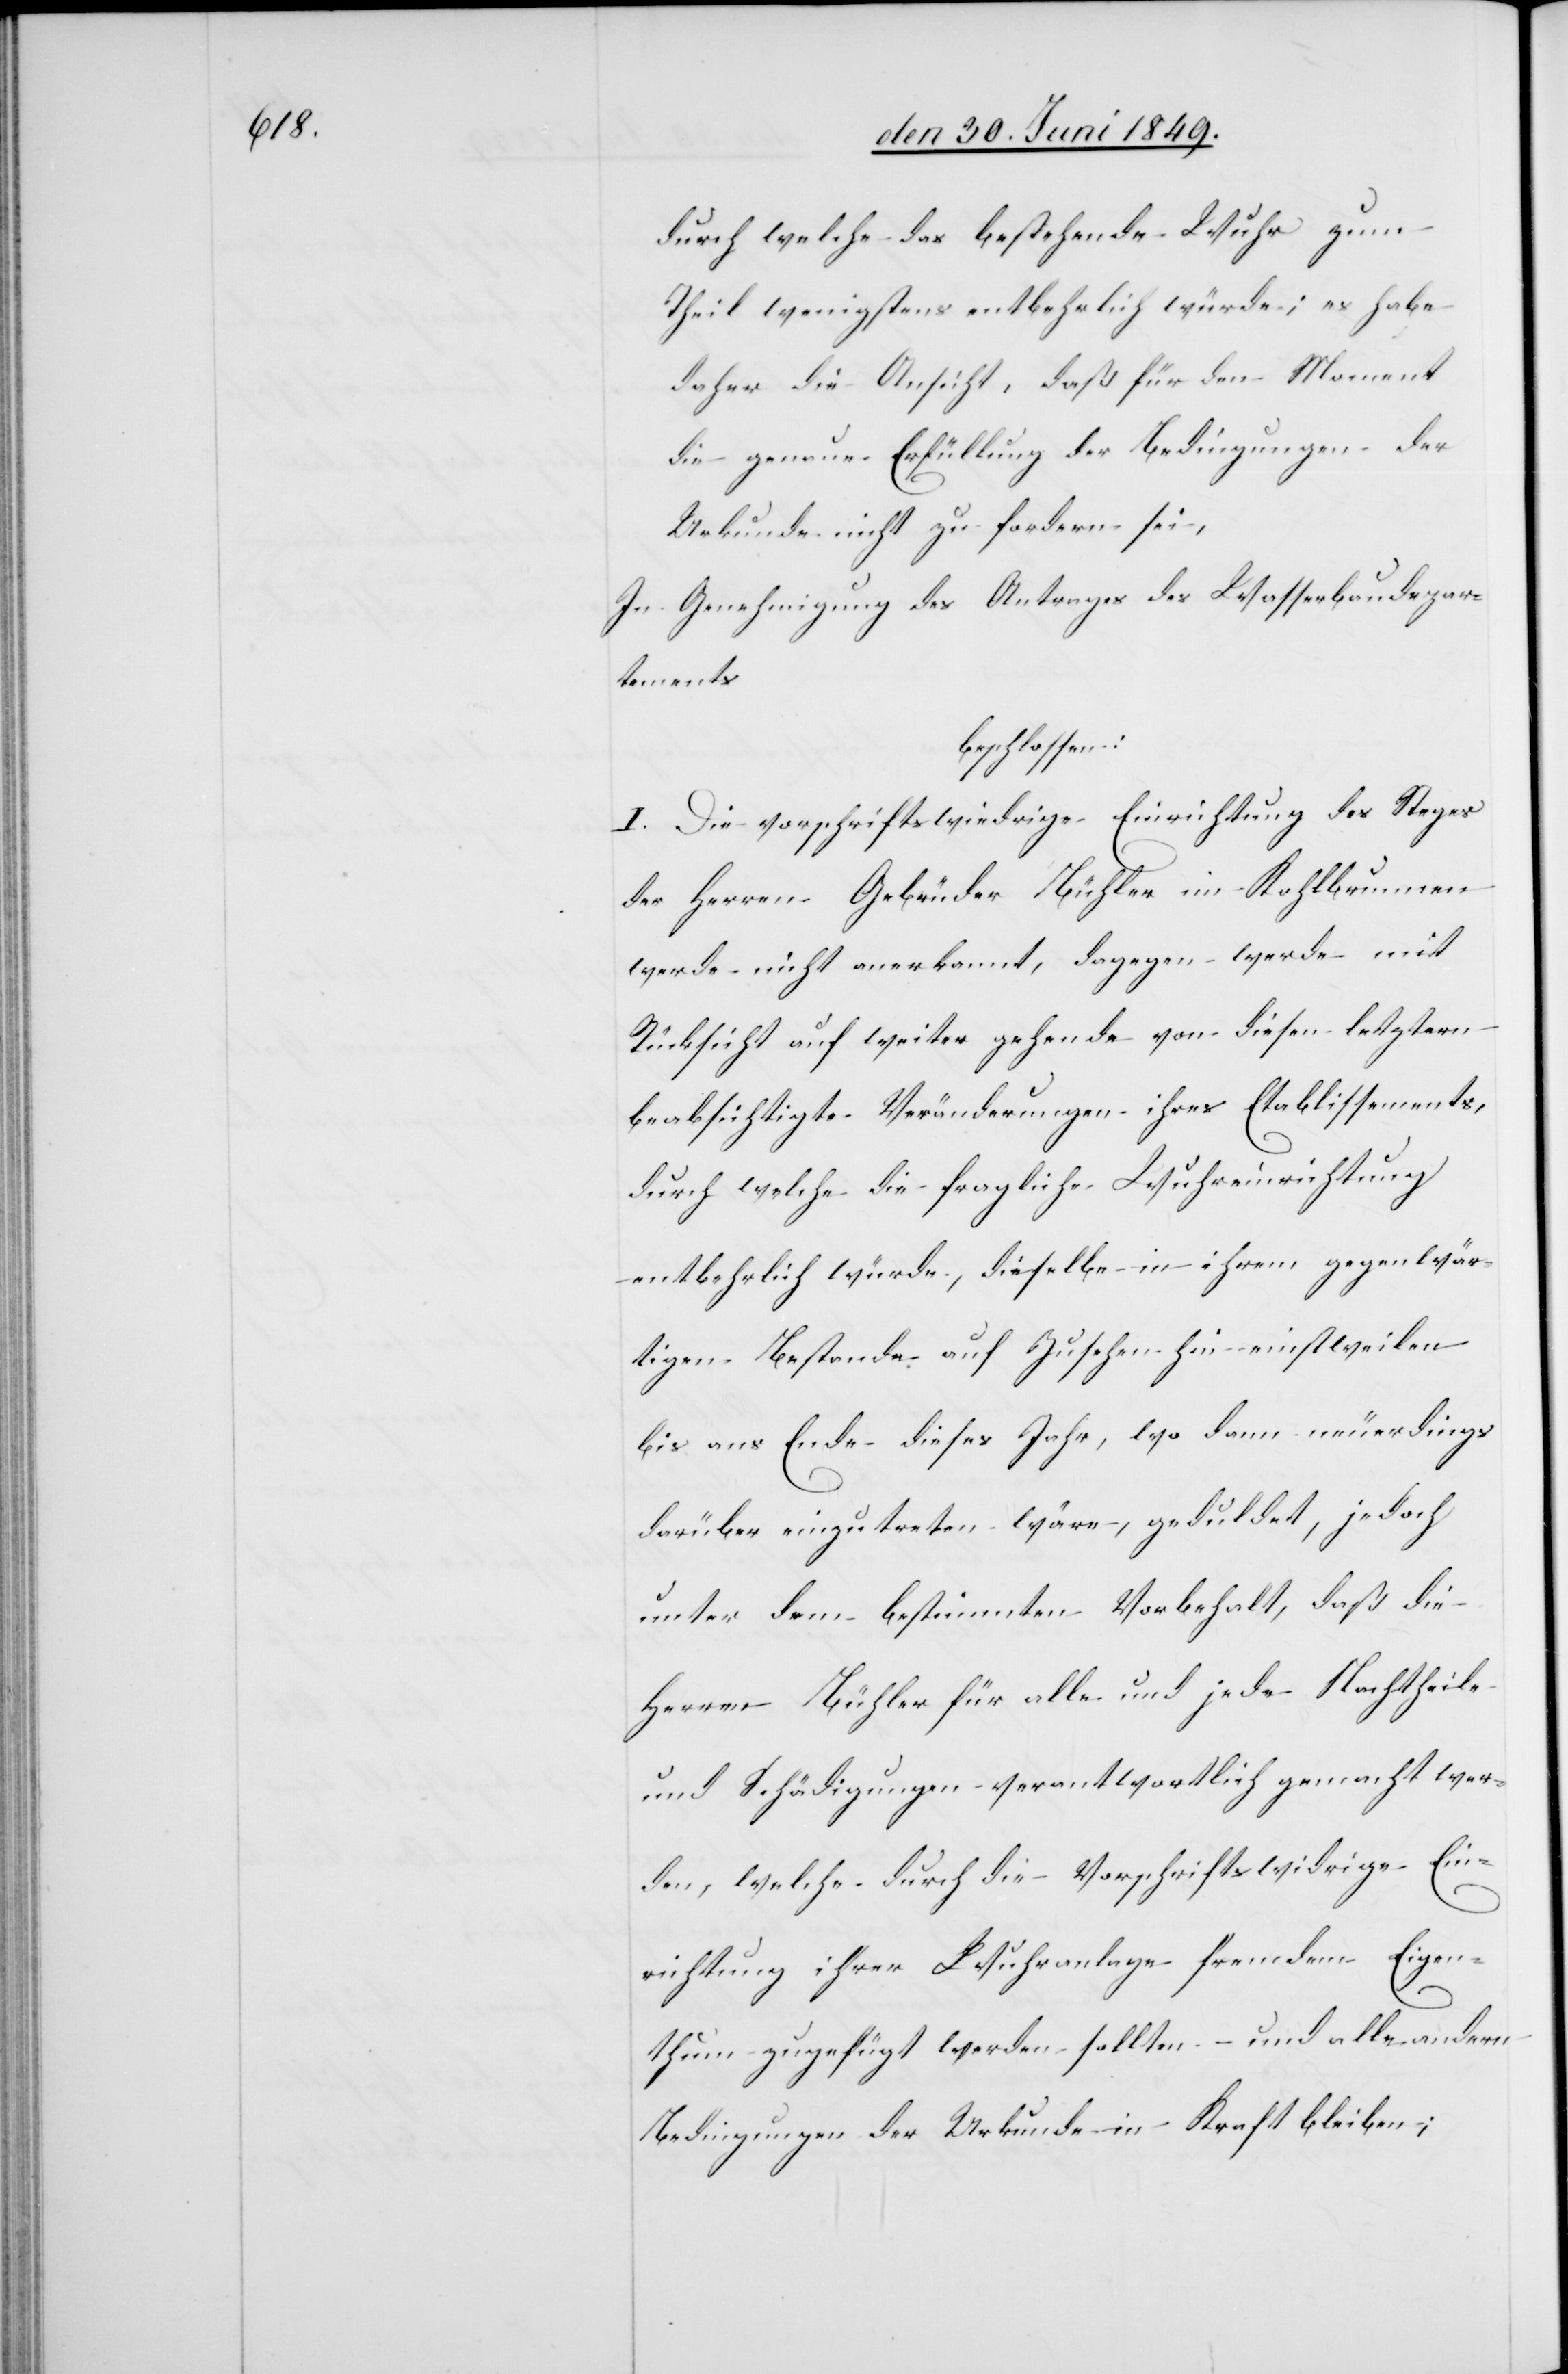
durch welche das bestehende Wuhr zum
Theil wenigstens entbehrlich würde; es habe
daher die Ansicht, daß für den Moment
die genaue Erfüllung der Bedingungen der
Urkunde nicht zu fordern sei,
In Genehmigung des Antrages des Wasserbaudepar¬
tements
beschlossen:
I. Die vorschriftswiedrige Einrichtung des Steges
der Herren Gebrüder Bühler im Kohlbrunnen
werde nicht anerkannt, dagegen werde mit
Rücksicht auf weiter gehende von diesen letztern
beabsichtigte Veränderungen ihres Etablissements,
durch welche die fragliche Wuhreinrichtung
entbehrlich würde, dieselbe in ihrem gegenwär¬
tigen Bestande auf Zusehen hin einstweilen
bis aus Ende dieses Jahr, wo dann neuerdings
darüber einzutreten wäre, geduldet, jedoch
unter dem bestimmten Vorbehalt, daß die
Herren Bühler für alle und jede Nachtheile
und Schädigungen verantwortlich gemacht wer¬
den, welche durch die Vorschriftswidrige Ein¬
richtung ihrer Wuhranlagen fremden Eigen¬
thum zugefügt werden sollten – und alle andern
Bedingungen der Urkunde in Kraft bleiben;